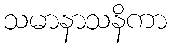
သမာနာသနိကာ